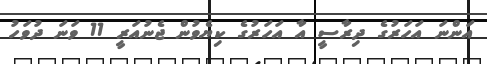
އަންނަ އަހަރުގެ ދިރާސީ އާ އަހަރުގެ ކިޔެވުން ޖެނުއަރީ 11 ވަނަ ދުވަހު